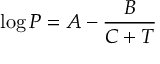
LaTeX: \log P = A - { \frac { B } { C + T } }